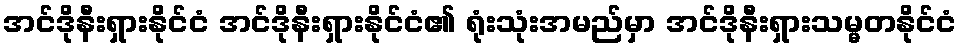
အင်ဒိုနီးရှားနိုင်ငံ အင်ဒိုနီးရှားနိုင်ငံ၏ ရုံးသုံးအမည်မှာ အင်ဒိုနီးရှားသမ္မတနိုင်ငံ